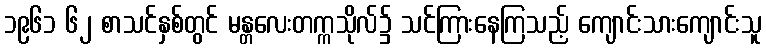
၁၉၆၁ ၆၂ စာသင်နှစ်တွင် မန္တလေးတက္ကသိုလ်၌ သင်ကြားနေကြသည့် ကျောင်းသားကျောင်းသူ